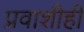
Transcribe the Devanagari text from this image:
प्रवाशीही